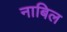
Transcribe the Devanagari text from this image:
नाबिल